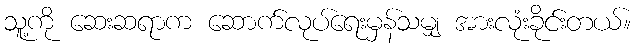
သူ့ကို ဆေးဆရာက ဆောက်လုပ်ရေးမှန်သမျှ အားလုံးခိုင်းတယ်။